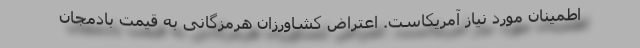
اطمینان مورد نیاز آمریکاست. اعتراض کشاورزان هرمزگانی به قیمت بادمجان